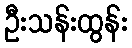
ဦးသန်းထွန်း